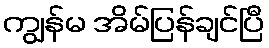
ကျွန်မ အိမ်ပြန်ချင်ပြီ